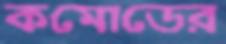
কমোডের